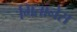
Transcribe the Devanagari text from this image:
गितानेस